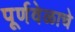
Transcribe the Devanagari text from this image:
पूर्णवेळाचे